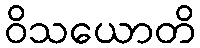
ဝိသယောတိ